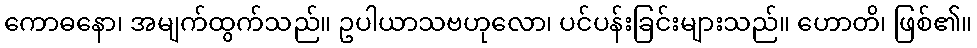
ကောဓနော၊ အမျက်ထွက်သည်။ ဥပါယာသဗဟုလော၊ ပင်ပန်းခြင်းများသည်။ ဟောတိ၊ ဖြစ်၏။